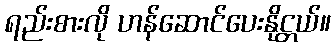
ရည်းစားလို ဟန်ဆောင်ပေးနိုင္တယ်။